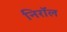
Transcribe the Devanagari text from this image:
निरॉल